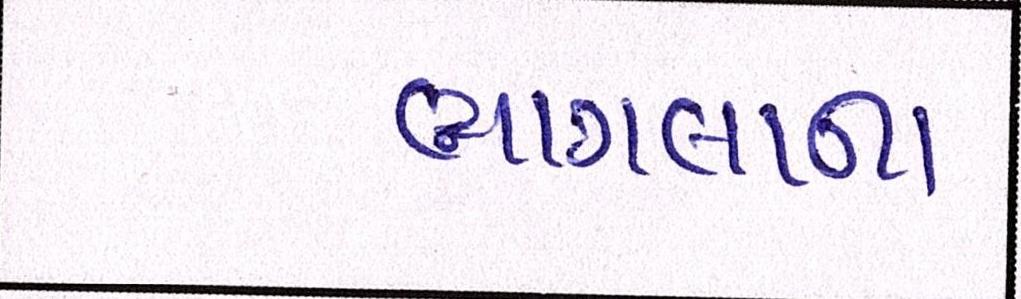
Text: ભાગલાના